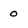
Character: 0